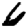
Digit: 6